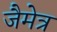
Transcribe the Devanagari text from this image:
जैमेत्र